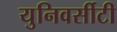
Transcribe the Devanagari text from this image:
युनिवर्सीटी